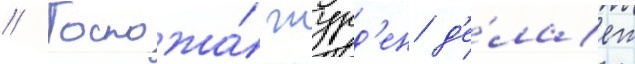
// Госпожа́ журд'ен д'е́лает